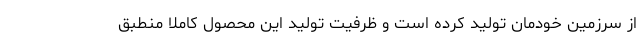
از سرزمین خودمان تولید کرده است و ظرفیت تولید این محصول کاملا منطبق